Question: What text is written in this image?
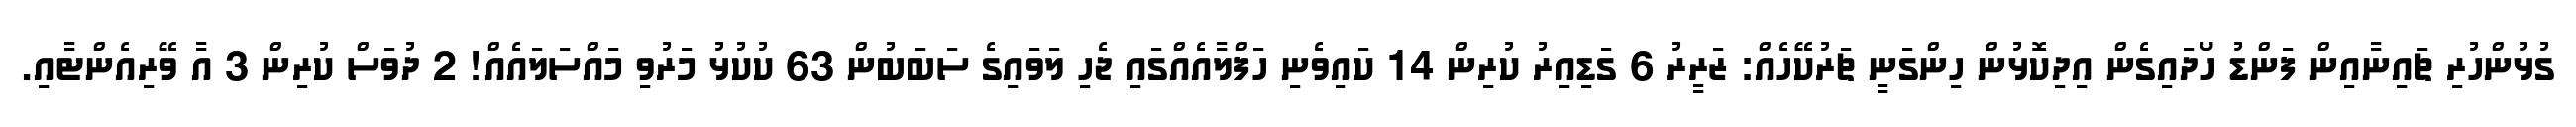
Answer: ގުޅުންހުރި ޗައިނާއިން ފަންޑު ހޯދައިގެން އިދިކޮޅުން ހިންގަނީ ޗަރުކޭހެއް: ޒަރީރު 6 ގަޑިއިރު ކުރިން 14 ކައިވެނި ހަފްލާއެއްގައި ޖެހި ލަވައިގެ ސަބަބުން 63 ކުކުޅު މަރުވި މައްސަލައެއް! 2 ދުވަސް ކުރިން 3 އާ ވޭރިއެންޓާއި.